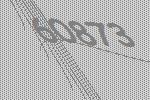
60873